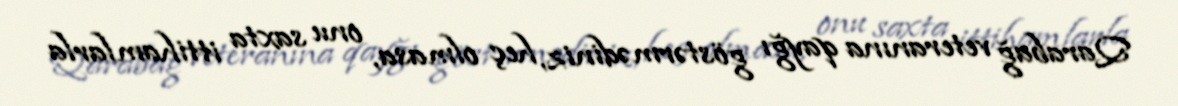
Qarabağ veteranına qayğı göstərmədiniz, heç olmasa, onu saxta ittihamlarla